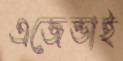
এজেন্ডাই